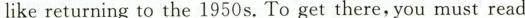
like returning to the 1950s. To get there,you must read